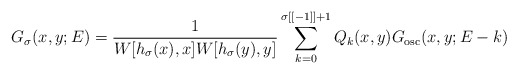
\begin{align*}G_{\sigma}(x,y;E)=\frac{1}{W[h_{\sigma}(x),x]W[h_{\sigma}(y),y]} \sum\limits_{k=0}^{\sigma[[-1]]+1}Q_k(x,y)G_{\rm osc}(x,y;E-k)\end{align*}